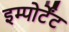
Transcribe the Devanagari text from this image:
इम्पोर्टेंट